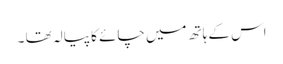
اس کے ہاتھ میں چائے کا پیالہ تھا ۔